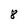
Character: 8